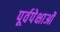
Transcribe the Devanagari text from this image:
पूर्वपेक्षाओं